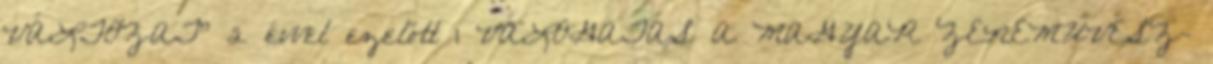
VÁLTOZAT" 2 évvel ezelőtt 1 VÁLOGATÁS A MAGYAR ZENEMŰVÉSZ-